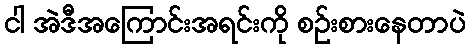
ငါ အဲဒီအကြောင်းအရင်းကို စဉ်းစားနေတာပဲ